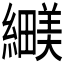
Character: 𬘅